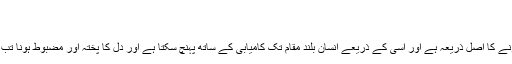
( بخاری )
فصل​
شجاعت : دل کے اپنے عزم پر پختہ رہنے کو شجاعت کہتے ہیں اور یہی ہر کمال حاصل کرنے کا اصل ذریعہ ہے اور اسی کے ذریعے انسان بلند مقام تک کامیابی کے ساتھ پہنچ سکتا ہے اور دل کا پختہ اور مضبوط ہونا تب ہی ممکن ہے جب انسان کا مزاج اور اسکی عقل درست ہو اور اس کی طبیعت میں اعتدال ہو ۔